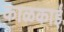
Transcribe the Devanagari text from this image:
काळकाई